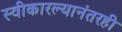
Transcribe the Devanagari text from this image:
स्वीकारल्यानंतरही